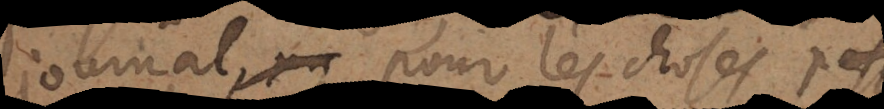
journal pour les choses pas